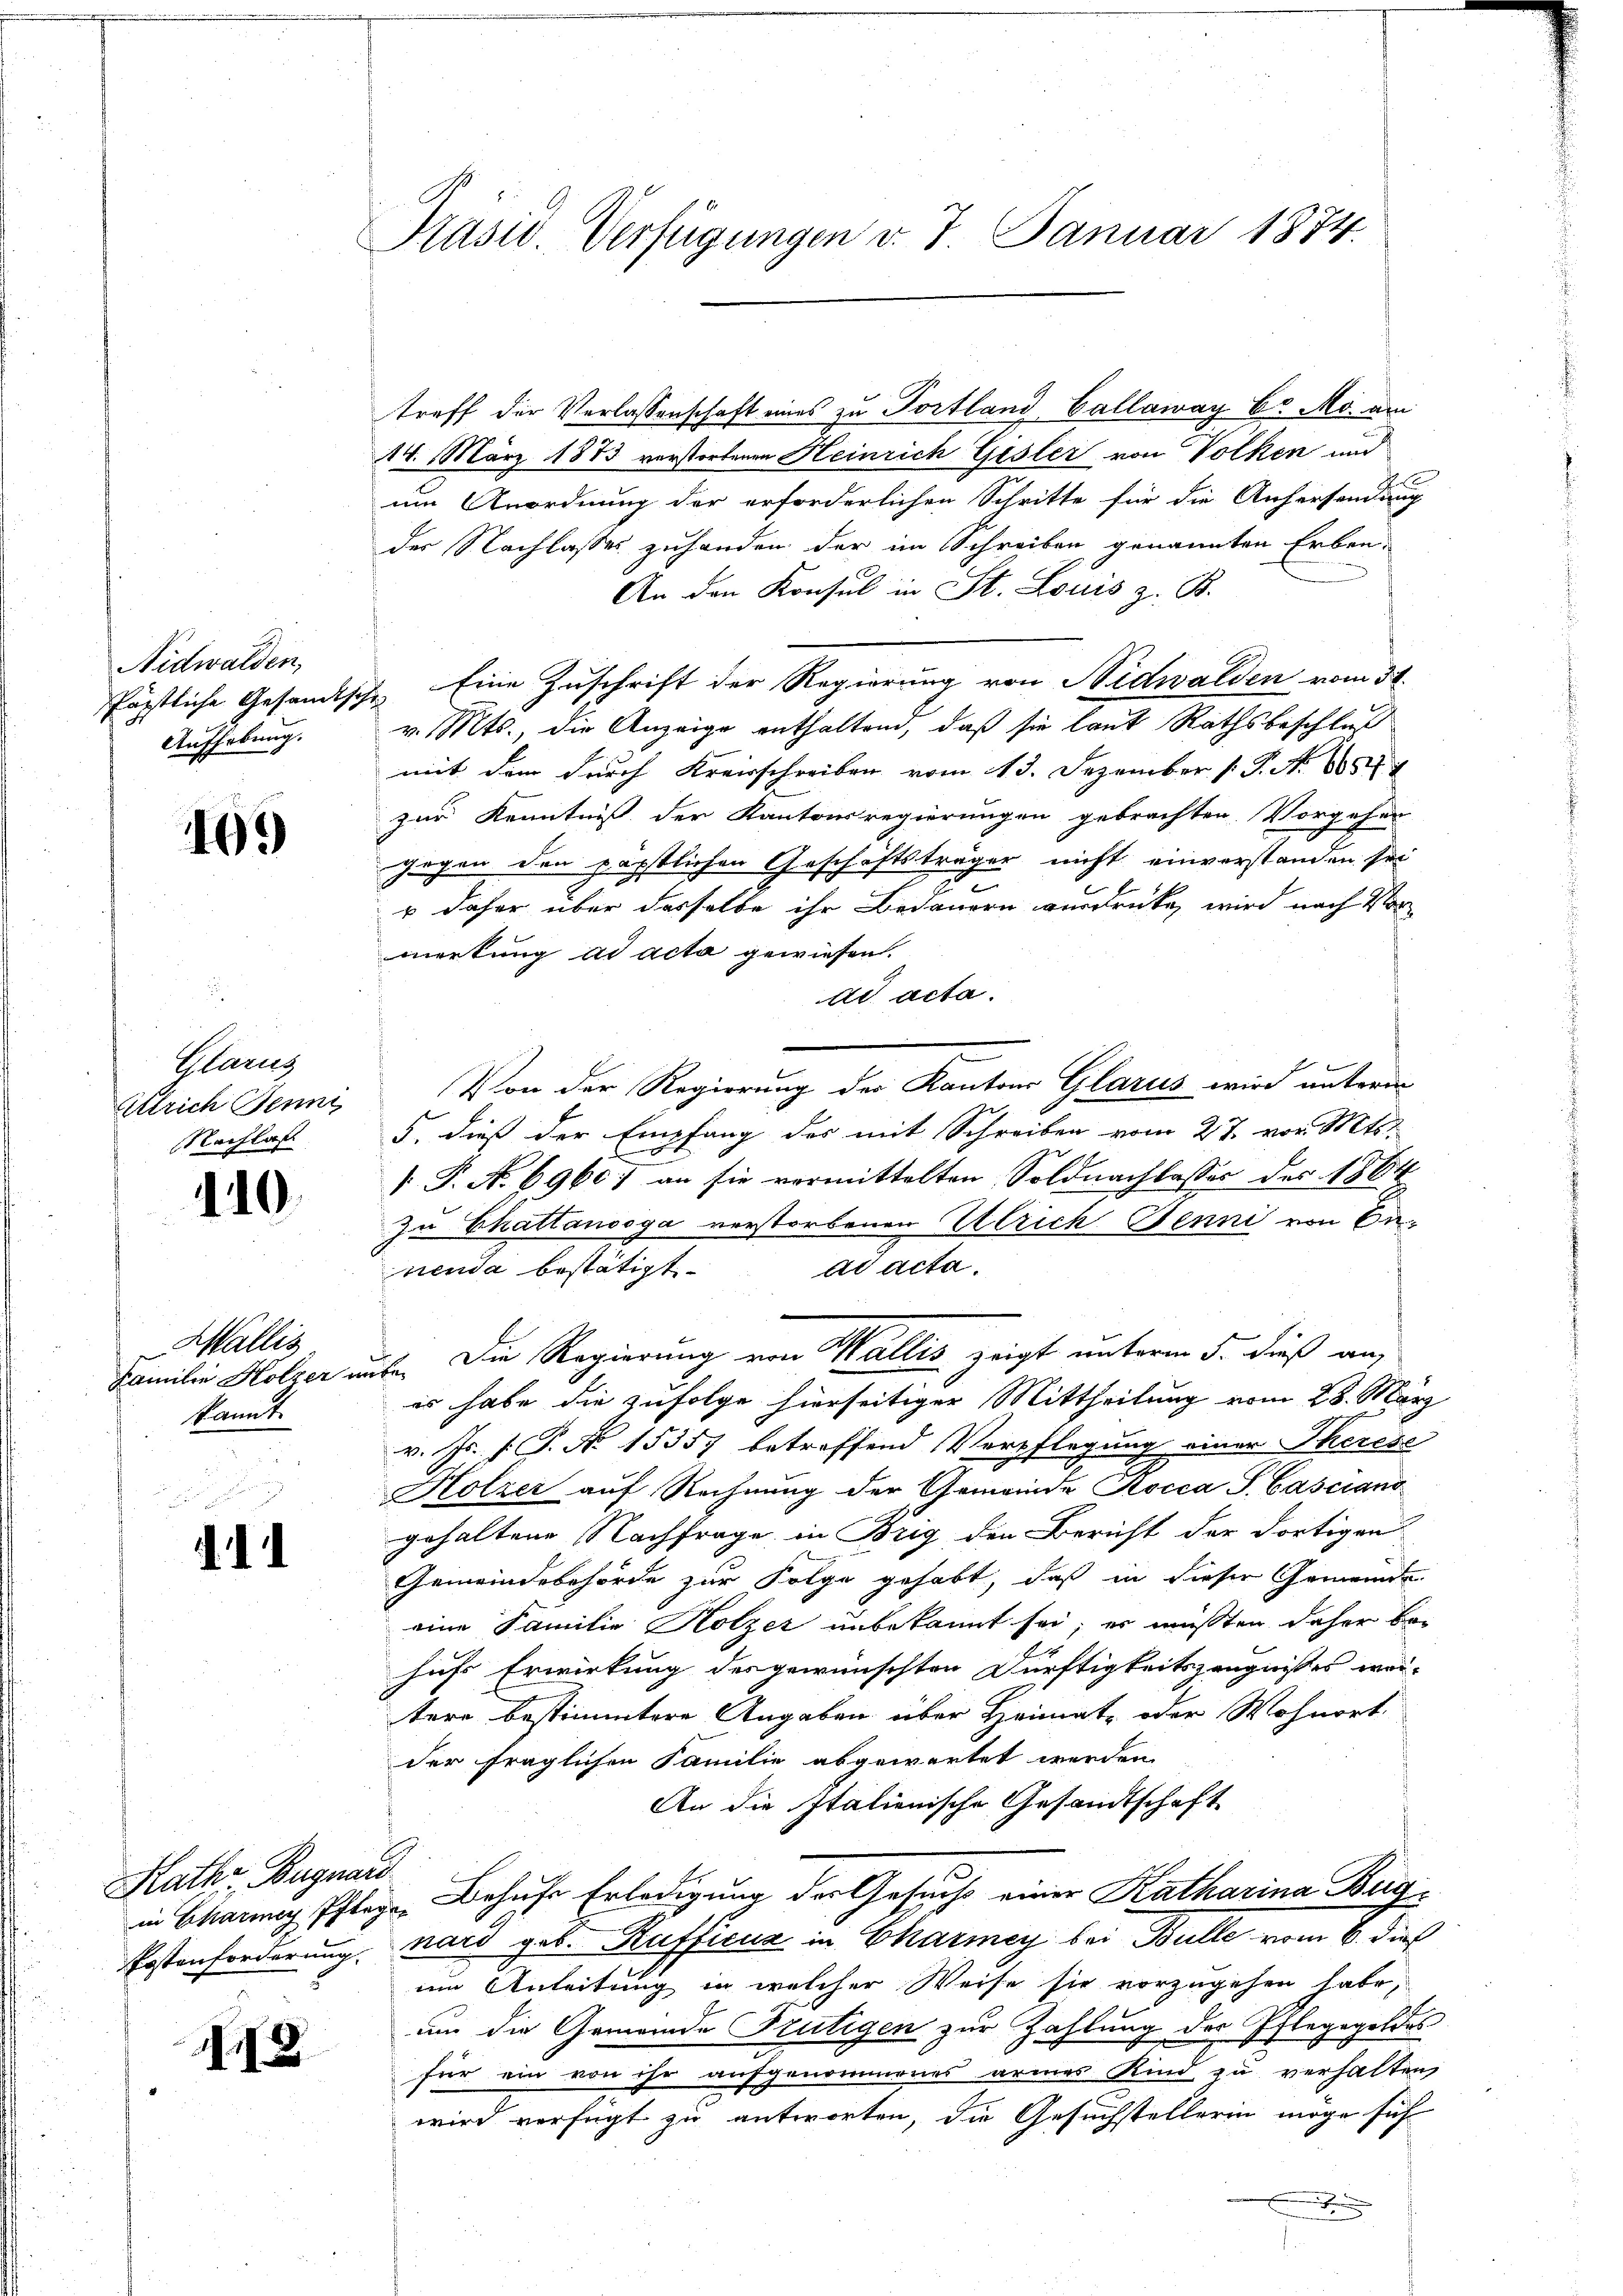
Nidwalden,
Aufhebung.

199

Plarg
Alrich Jenni
Nachlas

110.

Wallis
kannt.

41

Hathe Begnard

118

Präsid. Verfügungen v. 7. Januar 1874.

treff der Verlassenschaft eines zu Portland, Callaway b. Mo. am
14. März 1873 verstorbenen Heinrich Gisler von Volken und
um Anordnung der erforderlichen Schritte für die Aufersendung
der Nachlasses zuhanden der im Schreiben genannten Erben-
An den Konsul in St. Louis z. B.
Päpstliche Gesandtsche Eine Zuschrift der Regierung von Nidwalden vom 31.
v. Mts., die Anzeige enthaltend, daß sie laut Rathsbeschluß
mit dem durch Kreisschreiben vom 13. Dezember 1. P. N. 1654
zur Kenntniß der Kantonsregierungen gebrachten Vorgehen
gegen den päpstlichen Geschäftsträger nicht einverstanden sei
 daher über dasselbe ihr Bedauern ausdrücke, wird nach Vor
merkung ad acta gewiesen.
ad acta.
Von der Regierung der Kantons Glarus wird unterm
5. dieß der Empfang des mit Schreiben vom 27. von Mts.
 P. N. 6960. an sie vormittelten Soldnachlasses des 1864
zu Chattanooga verstorbenen Ulrich Jenni von Benenda bestätigt.
ad acta.
Familie Holzer ause. Die Regierung von Wallis zeigt unterm 5. dieß an,
es habe die zufolge hierseitiger Mittheilung vom 28. März
v. Js. s. S. No 15357 betreffend Verpflegung einer Therese
Hölzer auf Rechnung der Gemeinde Kocca S. Casciano
gehaltene Nachfrage in Brig, den Bericht der dortigen
Gemeindebehörde zur Folge gehabt, daß in dieser Gemeinde
eine Familie Holzer unbekannt sei; er müßten daher behuhr Erwirkung des gewünschten Dürftigkeitszeugnisses wei-
tere bestimmtere Angaben über Heimat- oder Wohnort
der fraglichen Familie abgewartet werden.
An die Italienische Gesandtschaft
in Charing Pflege. Behufe Erledigung der Gesuchs einer Katharina Bug¬
Postenforderung ward geb. Kufficus in Charmey bei Bulle vom 6. dieß
im Anleitung in welcher Weise sie vorzugehen habe,
um die Gemeinde Frutigen zur Zahlung der Pfleggeldes
für ein von ihr aufgenommenes armes Kind zu verhalten,
wird verfügt zu antworten, die Gesuchstellerin möge sich